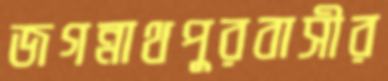
জগন্নাথপুরবাসীর